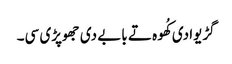
گڑیوادی کُھوہ تے بابے دی جھوپڑی سی۔